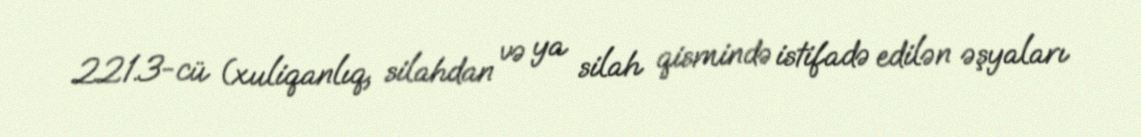
221.3-cü (xuliqanlıq, silahdan və ya silah qismində istifadə edilən əşyaları